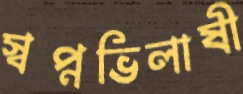
স্বপ্নভিলাষী